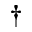
{ \dagger }